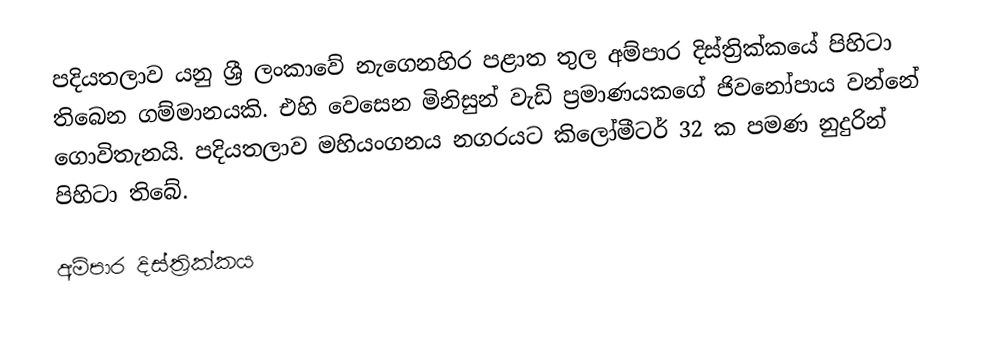
පදියතලාව යනු ශ්‍රී ලංකාවේ  නැගෙනහිර පළාත තුල අම්පාර දිස්ත්‍රික්කයේ පිහිටා තිබෙන ගම්මානයකි. එහි වෙසෙන මිනිසුන් වැඩි ප්‍රමාණයකගේ ජිවනෝපාය වන්නේ ගොවිතැනයි. පදියතලාව මහියංගනය නගරයට කිලෝමීටර් 32 ක පමණ නුදුරින් පිහිටා තිබේ.

අම්පාර දිස්ත්‍රික්කය